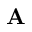
\textbf { A }